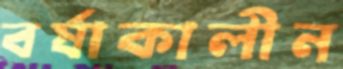
বর্ষাকালীন